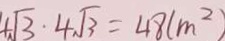
4 \sqrt { 3 } \cdot 4 \sqrt { 3 } = 4 8 ( m ^ { 2 } )